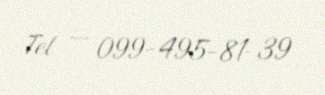
Tel — 099-495-81-39